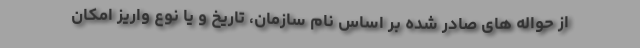
از حواله های صادر شده بر اساس نام سازمان، تاریخ و یا نوع واریز امکان